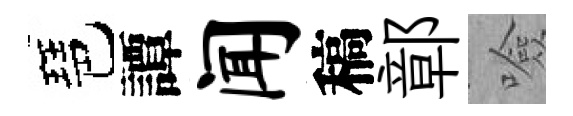
琶譚闻稿鄣噞